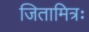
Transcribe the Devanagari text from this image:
जितामित्रः